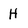
Character: H